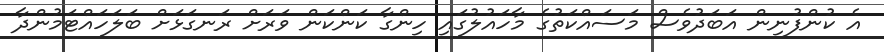
އެ ކުންފުނިން އަބަދުވެސް މަސައްކަތުގެ މާހައުލުގައި ހިންގާ ކަންކަން ވަރަށް ރަނގަޅަށް ބަލަހައްޓަމުންދާ